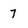
Character: 7